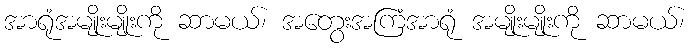
အာရုံအမျိုးမျိုးကို ဆာမယ်၊ အတွေးအကြံအာရုံ အမျိုးမျိုးကို ဆာမယ်၊